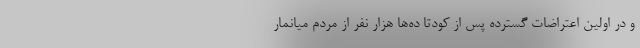
و در اولین اعتراضات گسترده پس از کودتا ده‌ها هزار نفر از مردم میانمار